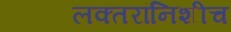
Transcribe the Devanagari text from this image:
लक्तरांनिशीच